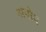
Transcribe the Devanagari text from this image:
अपोद